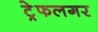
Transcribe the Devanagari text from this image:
ट्रेफलगर